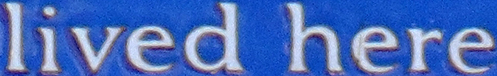
lived here